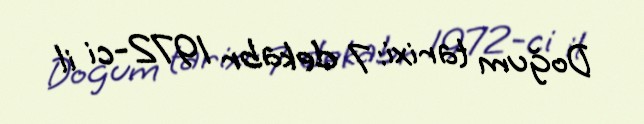
Doğum tarixi: 7 dekabr 1972-ci il